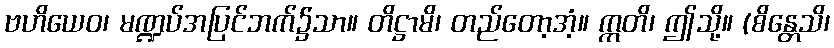
ဗဟိယေဝ၊ မဏ္ဍပ်အပြင်ဘက်၌သာ။ တိဋ္ဌာမိ၊ တည်တော့အံ့။ ဣတိ၊ ဤသို့။ (စိန္တေသိ၊